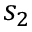
s _ { 2 }